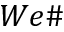
W e \#